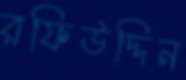
রফিউদ্দিন